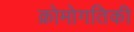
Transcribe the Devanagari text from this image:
क्रोमोगतिकी